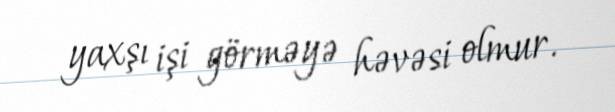
yaxşı işi görməyə həvəsi olmur.